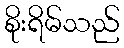
စိုးရိမ်သည်